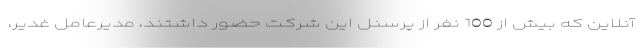
آنلاین که بیش از 100 نفر از پرسنل این شرکت حضور داشتند، مدیرعامل غدیر،